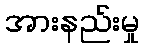
အားနည်းမှု